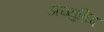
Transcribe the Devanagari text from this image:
अय्युबिद